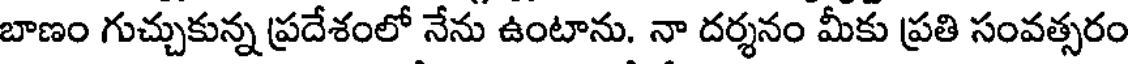
బాణం గుచ్చుకున్న ప్రదేశంలో నేను ఉంటాను. నా దర్శనం మీకు ప్రతి సంవత్సరం